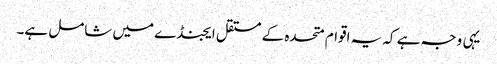
یہی وجہ ہے کہ یہ اقوام متحدہ کے مستقل ایجنڈے میں شامل ہے۔